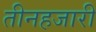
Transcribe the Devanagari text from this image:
तीनहजारी